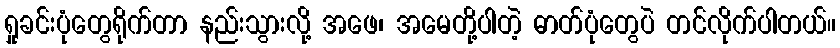
ရှုခင်းပုံတွေရိုက်တာ နည်းသွားလို့ အဖေ၊ အမေတို့ပါတဲ့ ဓာတ်ပုံတွေပဲ တင်လိုက်ပါတယ်။